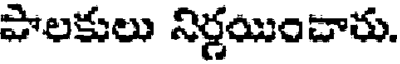
పాలకులు నిర్ణయించారు.